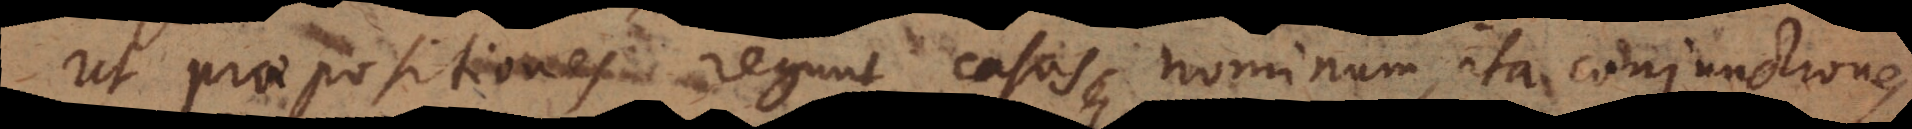
Ut praepositiones regunt casus nominum, ita conjunctiones